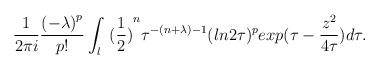
LaTeX: \begin{align*}\frac{1}{ 2\pi i} \frac{{(-\lambda )}^p}{p!} \int_l {\ (\frac{1}{2} )}^n\tau ^{-( n +\lambda )-1} (ln 2\tau)^p exp( \tau- \frac{ z^2}{4\tau} ) d\tau. \end{align*}